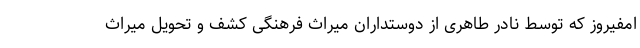
امفیروز که توسط نادر طاهری از دوستداران میراث فرهنگی کشف و تحویل میراث